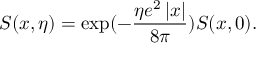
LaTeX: S ( x , \eta ) = \exp ( - \frac { \eta e ^ { 2 } \left| x \right| } { 8 \pi } ) S ( x , 0 ) .